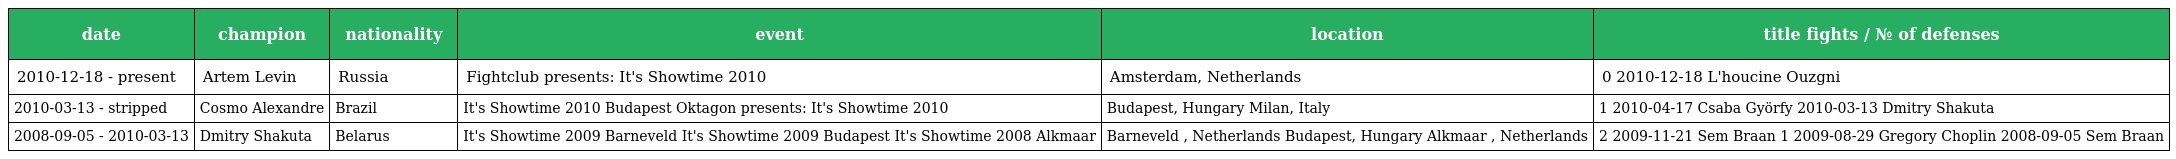
| date | champion | nationality | event | location | title fights / № of defenses |
 | --- | --- | --- | --- | --- | --- |
 | 2010-12-18 - present | Artem Levin | Russia | Fightclub presents: It's Showtime 2010 | Amsterdam, Netherlands | 0 2010-12-18 L'houcine Ouzgni |
 | 2010-03-13 - stripped | Cosmo Alexandre | Brazil | It's Showtime 2010 Budapest Oktagon presents: It's Showtime 2010 | Budapest, Hungary Milan, Italy | 1 2010-04-17 Csaba Györfy 2010-03-13 Dmitry Shakuta |
 | 2008-09-05 - 2010-03-13 | Dmitry Shakuta | Belarus | It's Showtime 2009 Barneveld It's Showtime 2009 Budapest It's Showtime 2008 Alkmaar | Barneveld , Netherlands Budapest, Hungary Alkmaar , Netherlands | 2 2009-11-21 Sem Braan 1 2009-08-29 Gregory Choplin 2008-09-05 Sem Braan |